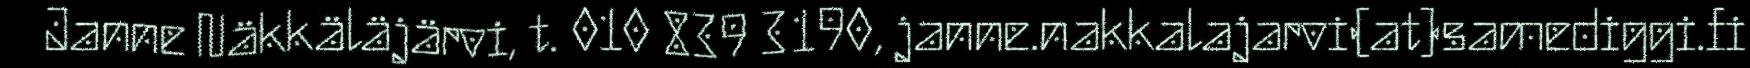
Janne Näkkäläjärvi, t. 010 839 3190, janne.nakkalajarvi(at)samediggi.fi